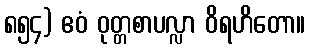
၈၅၄) ဧဝံ ဝုတ္တစာပလ္လာ ဝိရဟိတော။